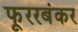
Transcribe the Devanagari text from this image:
फूररबंकर